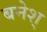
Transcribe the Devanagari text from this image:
बनेश्